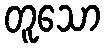
တူသော